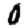
Digit: 0